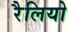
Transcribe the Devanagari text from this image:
रैलियो